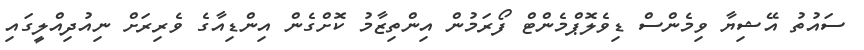
ސައުތު އޭޝިޔާ ވިމެންސް ޑިވެލޮޕްމެންޓް ފޯރަމުން އިންތިޒާމު ކޮށްގެން އިންޑިއާގެ ވެރިރަށް ނިއުދިއްލީގައި